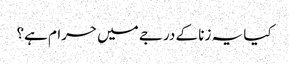
کیا یہ زنا کے درجے میں حرام ہے؟